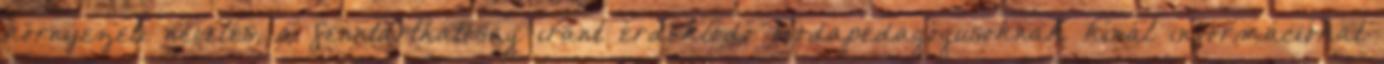
környezeti nevelés, a fenntarthatóság iránt érdeklődő óvodapedagógusoknak kínál információkat